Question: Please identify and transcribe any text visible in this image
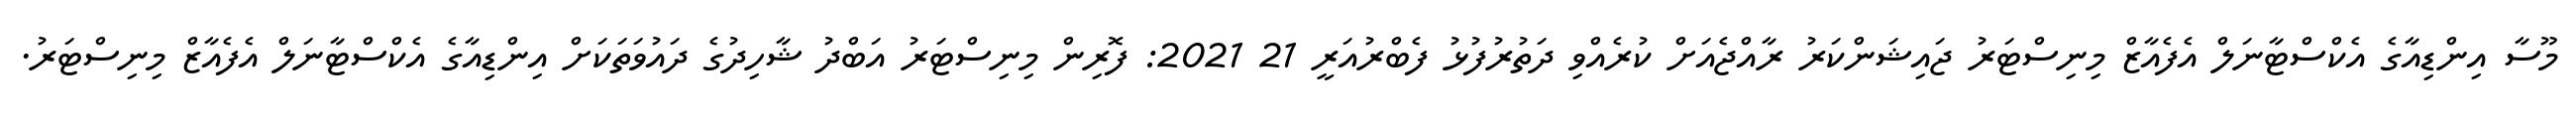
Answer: މޫސާ އިންޑިއާގެ އެކްސްޓާނަލް އެފެއާޒް މިނިސްޓަރު ޖައިޝަންކަރު ރާއްޖެއަށް ކުރެއްވި ދަތުރުފުޅު ފެބްރުއަރީ 21 2021: ފޮރިން މިނިސްޓަރު އަބްދު ޝާހިދުގެ ދައުވަތަކަށް އިންޑިއާގެ އެކްސްޓާނަލް އެފެއާޒް މިނިސްޓަރު.